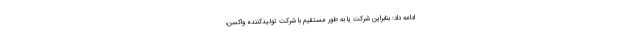
ادامه داد: بنابراین شرکت یا به طور مستقیم با شرکت تولیدکننده واکسن،